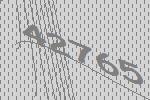
42765